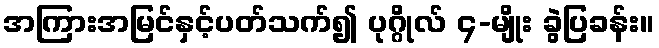
အကြားအမြင်နှင့်ပတ်သက်၍ ပုဂ္ဂိုလ် ၄-မျိုး ခွဲပြခန်း။